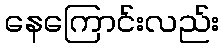
နေကြောင်းလည်း